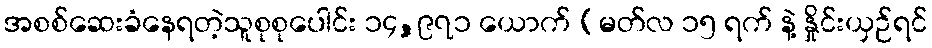
အစစ်ဆေးခံနေရတဲ့သူစုစုပေါင်း ၁၄,၉၇၁ ယောက် (မတ်လ ၁၅ ရက် နဲ့ နှိုင်းယှဉ်ရင်